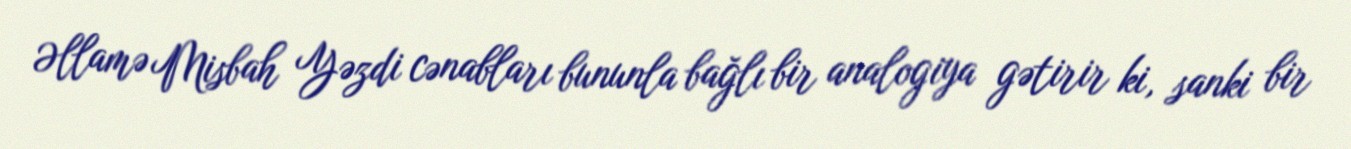
Əllamə Misbah Yəzdi cənabları bununla bağlı bir analogiya gətirir ki, sanki bir